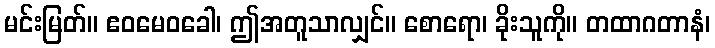
မင်းမြတ်။ ဧဝမေဝခေါ၊ ဤအတူသာလျှင်။ စောရော၊ ခိုးသူကို။ တထာဂတာနံ၊